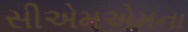
સીએમએમના